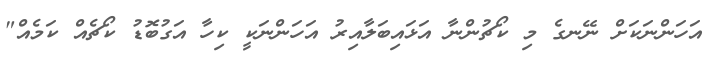
އަހަންނަކަށް ނޭނގެ މި ކޯޗުންނާ އަޅައިބަލާއިރު އަހަންނަކީ ކިހާ އަގުބޮޑު ކޯޗެއް ކަމެއް"